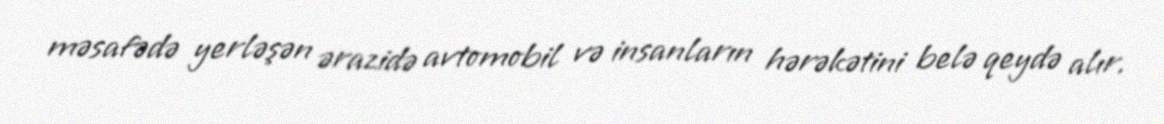
məsafədə yerləşən ərazidə avtomobil və insanların hərəkətini belə qeydə alır.